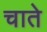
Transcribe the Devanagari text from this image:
चाते